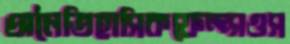
অনৈতিহাসিকফেল্প্সওস